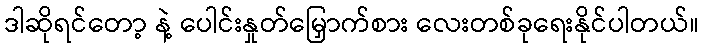
ဒါဆိုရင်တော့ နဲ့ ပေါင်းနှုတ်မြှောက်စား လေးတစ်ခုရေးနိုင်ပါတယ်။